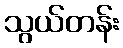
သွယ်တန်း